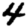
Digit: 4